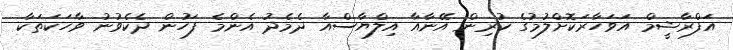
އަފްރާޝީމް އަވަހާރަކޮށްލުމުގެ ކުރިން އޭނާއާ އިލްޔާސްއާ ދެމެދު އެންމެ ފަހުން ދެކެވުނު ވާހަކަތަކާ